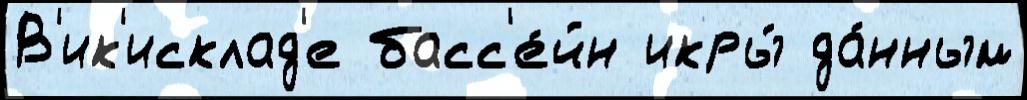
В'ик'исклад'е басс'е́йн икры́ да́нным